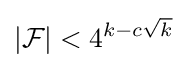
|{\mathcal {F}}|<4^{k-c{\sqrt {k}}}